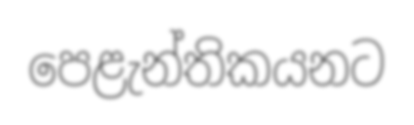
පෙළැන්තිකයනට